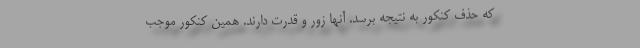
که حذف کنکور به نتیجه برسد. آنها زور و قدرت دارند. همین کنکور موجب